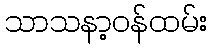
သာသနာ့ဝန်ထမ်း